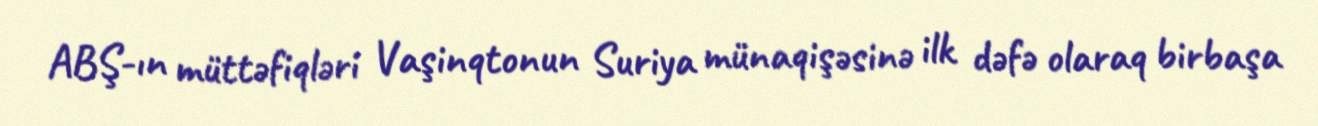
ABŞ-ın müttəfiqləri Vaşinqtonun Suriya münaqişəsinə ilk dəfə olaraq birbaşa